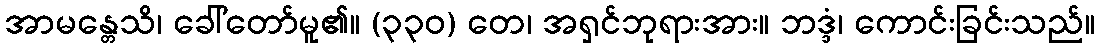
အာမန္တေသိ၊ ခေါ်တော်မူ၏။ (၃၃၀) တေ၊ အရှင်ဘုရားအား။ ဘဒ္ဒံ၊ ကောင်းခြင်းသည်။